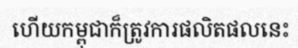
ហើយកម្ពុជាក៏ត្រូវការផលិតផលនេះ